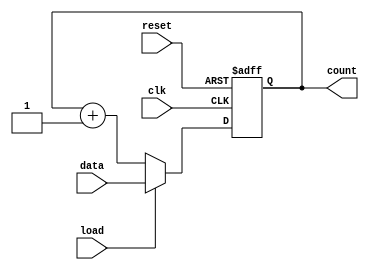
module LoadableCounter (
    input wire clk,        // Clock signal
    input wire load,      // Load control signal
    input wire reset,     // Asynchronous reset signal
    input wire [7:0] data, // Value to be loaded
    output reg [7:0] count // Current count value
);

// Asynchronous Reset and Clock Process
always @(posedge clk or posedge reset) begin
    if (reset) begin
        count <= 8'b0; // Reset the count to 0
    end else if (load) begin
        count <= data; // Load the input value into count
    end else begin
        count <= count + 1; // Increment count
    end
end

endmodule